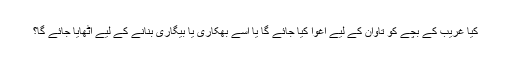
کیا غریب کے بچے کو تاوان کے لیے اغوا کیا جائے گا یا اسے بھکاری یا بیگاری بنانے کے لیے اٹھایا جائے گا؟